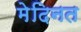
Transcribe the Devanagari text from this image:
मेदिनत